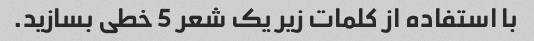
با استفاده از کلمات زیر یک شعر 5 خطی بسازید.